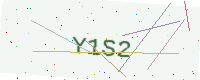
Text: Y1S2